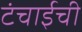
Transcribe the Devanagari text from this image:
टंचाईची